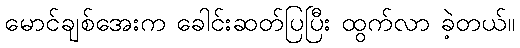
မောင်ချစ်အေးက ခေါင်းဆတ်ပြပြီး ထွက်လာ ခဲ့တယ်။